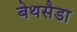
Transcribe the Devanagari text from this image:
बेथसैडा